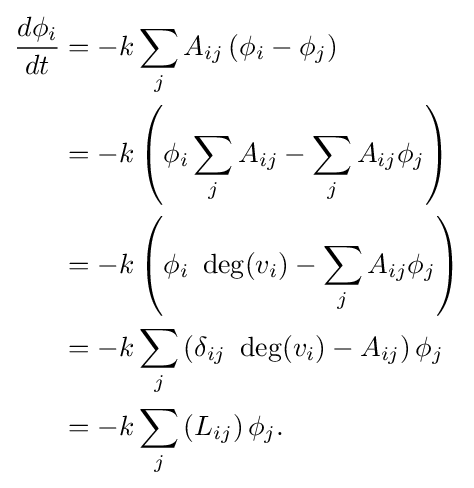
{\begin{aligned}{\frac {d\phi _{i}}{dt}}&=-k\sum _{j}A_{ij}\left(\phi _{i}-\phi _{j}\right)\\&=-k\left(\phi _{i}\sum _{j}A_{ij}-\sum _{j}A_{ij}\phi _{j}\right)\\&=-k\left(\phi _{i}\ \deg(v_{i})-\sum _{j}A_{ij}\phi _{j}\right)\\&=-k\sum _{j}\left(\delta _{ij}\ \deg(v_{i})-A_{ij}\right)\phi _{j}\\&=-k\sum _{j}\left(L_{ij}\right)\phi _{j}.\end{aligned}}